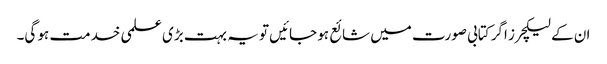
ان کے لیکچرز اگر کتابی صورت میں شائع ہو جائیں تو یہ بہت بڑی علمی خدمت ہو گی۔